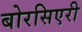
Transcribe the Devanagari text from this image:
बोरसिएरी